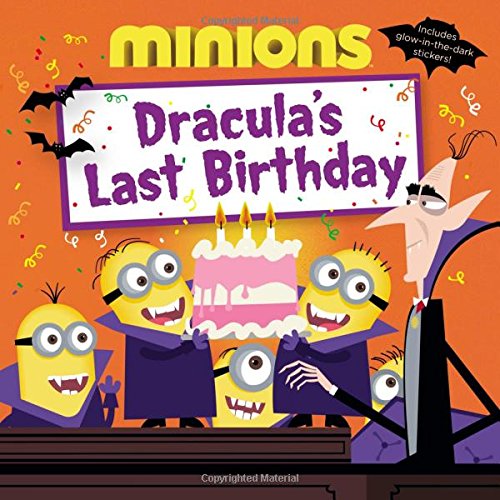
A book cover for Minions: Dracula's Last Birthday; Lucy Rosen; Children's Books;